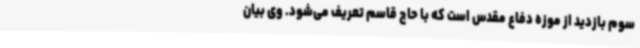
سوم بازدید از موزه دفاع مقدس است که با حاج قاسم تعریف می‌شود. وی بیان